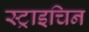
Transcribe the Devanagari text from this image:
स्ट्राइचिन